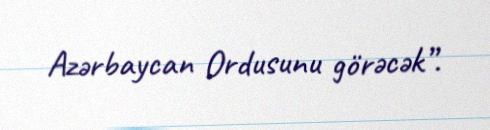
Azərbaycan Ordusunu görəcək”.